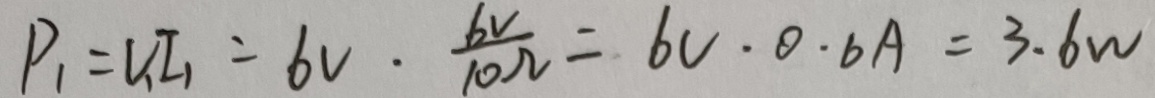
P _ { 1 } = V _ { 1 } I _ { 1 } = 6 V \cdot \frac { 6 V } { 1 0 \Omega } = 6 V \cdot 0 . 6 A = 3 . 6 w